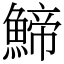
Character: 䱱